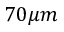
7 0 \mu m